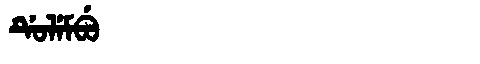
Manchu: ᡩᡠᠯᡝᠮᠪᡠ
Romanization: DULEMBU